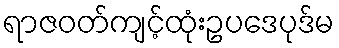
ရာဇဝတ်ကျင့်ထုံးဥပဒေပုဒ်မ